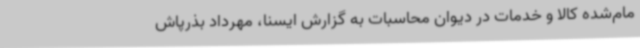
مام‌شده‌ کالا و خدمات در دیوان محاسبات به گزارش ایسنا، مهرداد بذرپاش